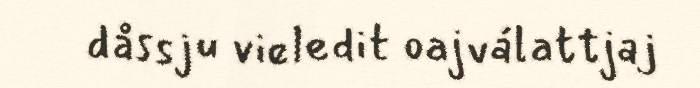
dåssju vieledit oajválattjaj